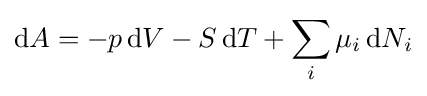
\mathrm {d} A=-p\,\mathrm {d} V-S\,\mathrm {d} T+\sum _{i}\mu _{i}\,\mathrm {d} N_{i}